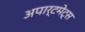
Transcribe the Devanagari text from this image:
अपार्टमेट्स